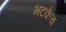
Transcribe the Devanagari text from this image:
भटकेच